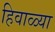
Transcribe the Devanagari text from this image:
हिवाळ्या